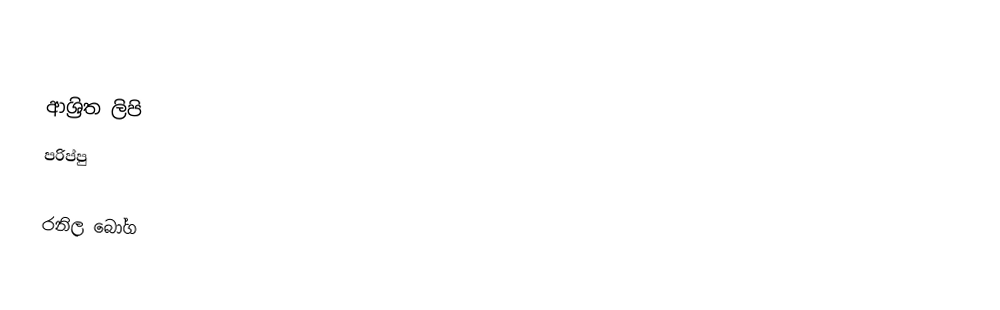

ආශ්‍රිත ලිපි
පරිප්පු

රනිල බෝග